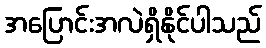
အပြောင်းအလဲရှိနိုင်ပါသည်